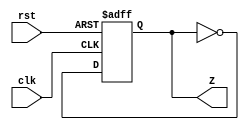
// Contador Mdulo M de 4 bits
// contador hasta 4
//
module c_div2(
input clk,
input rst,
output Z
);


reg Q;
wire D;

always @(negedge clk or posedge rst)
begin
  if (rst) begin
	Q<=1'b0;
	end
  else begin
	Q<=D;
  end
end

assign D=~Q;

assign Z = Q;

endmodule